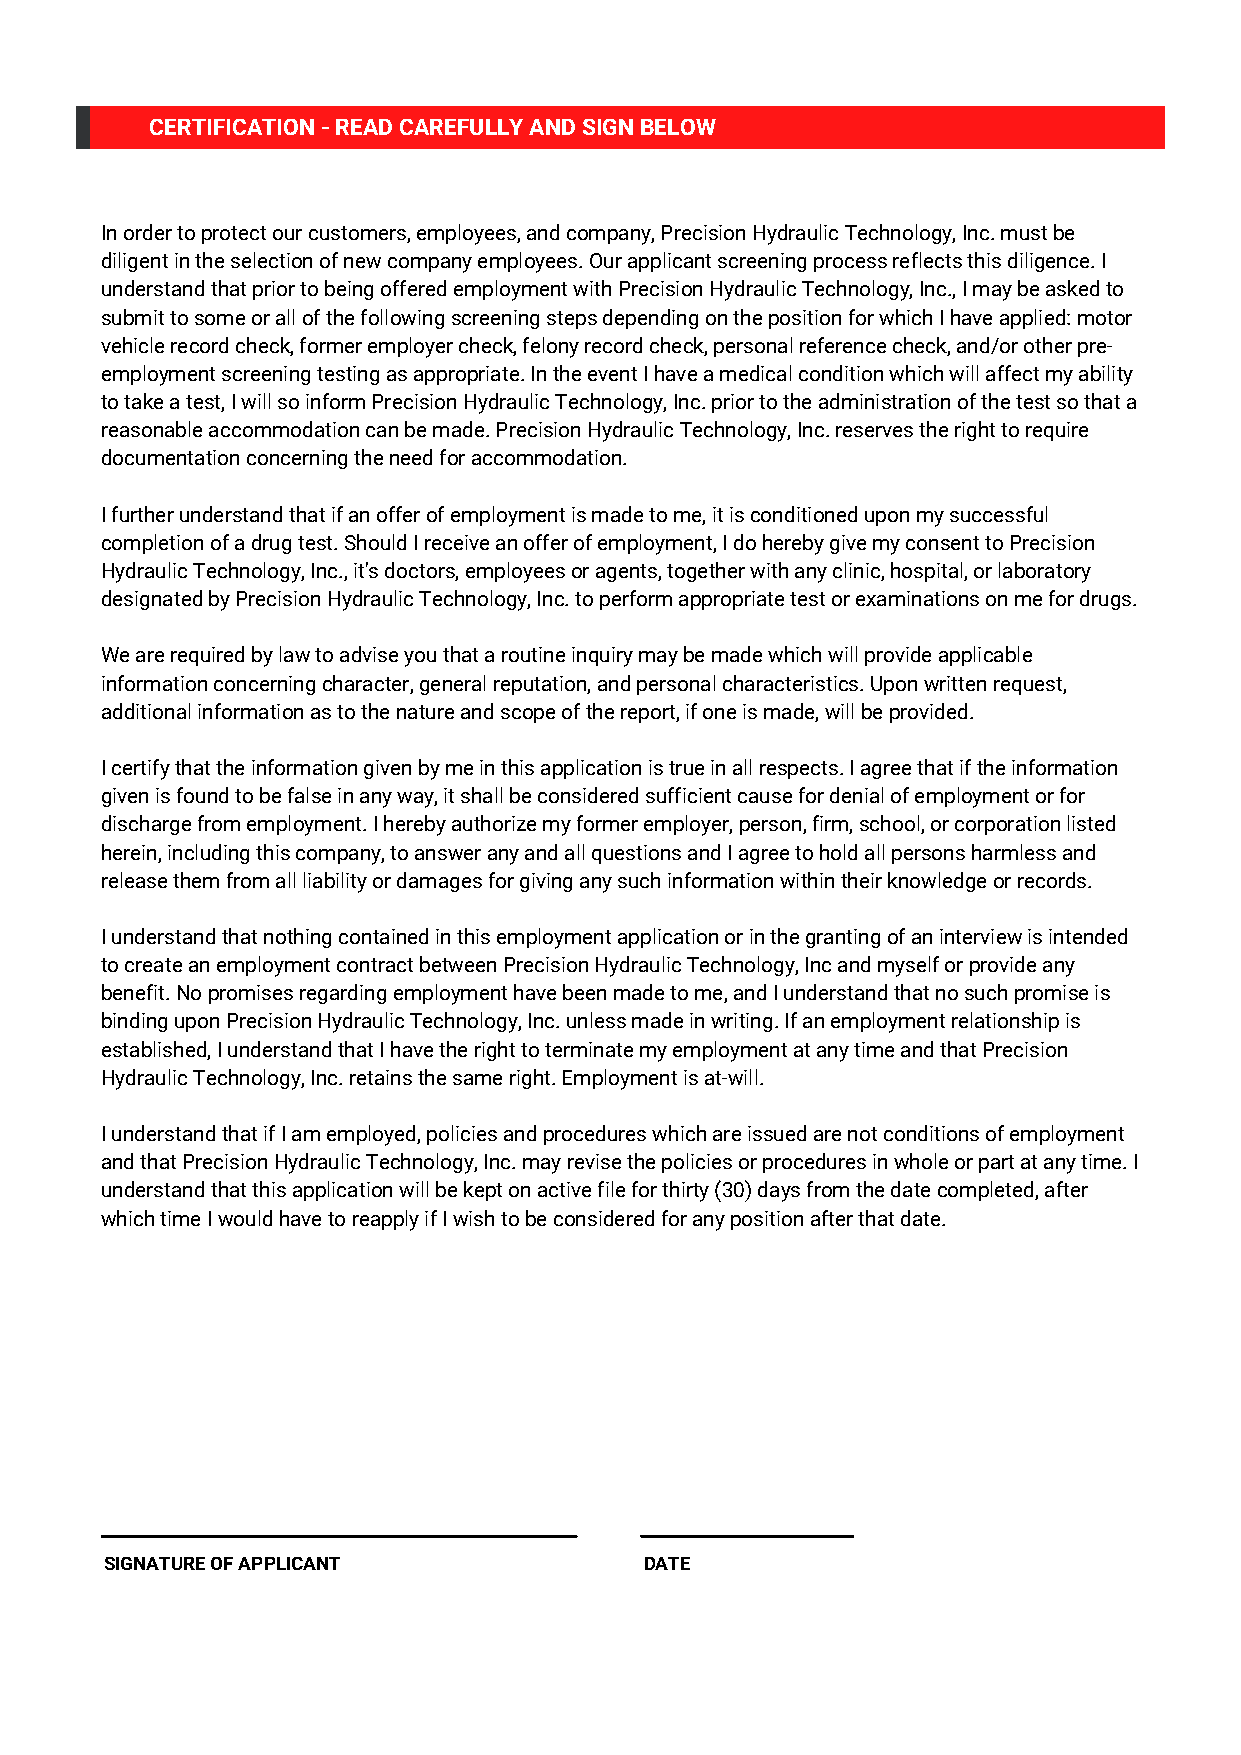
CERTIFICATION - READ CAREFULLY AND SIGN BELOW
 In order to protect our customers, employees, and company, Precision Hydraulic Technology, Inc. must be
 diligent in the selection of new company employees. Our applicant screening process reflects this diligence. I
 understand that prior to being offered employment with Precision Hydraulic Technology, Inc., I may be asked to
 submit to some or all of the following screening steps depending on the position for which I have applied: motor
 vehicle record check, former employer check, felony record check, personal reference check, and/or other pre-
 employment screening testing as appropriate. In the event I have a medical condition which will affect my ability
 to take a test, I will so inform Precision Hydraulic Technology, Inc. prior to the administration of the test so that a
 reasonable accommodation can be made. Precision Hydraulic Technology, Inc. reserves the right to require
 documentation concerning the need for accommodation.
 I further understand that if an offer of employment is made to me, it is conditioned upon my successful
 completion of a drug test. Should I receive an offer of employment, I do hereby give my consent to Precision
 Hydraulic Technology, Inc., it's doctors, employees or agents, together with any clinic, hospital, or laboratory
 designated by Precision Hydraulic Technology, Inc. to perform appropriate test or examinations on me for drugs.
 We are required by law to advise you that a routine inquiry may be made which will provide applicable
 information concerning character, general reputation, and personal characteristics. Upon written request,
 additional information as to the nature and scope of the report, if one is made, will be provided.
 I certify that the information given by me in this application is true in all respects. I agree that if the information
 given is found to be false in any way, it shall be considered sufficient cause for denial of employment or for
 discharge from employment. I hereby authorize my former employer, person, firm, school, or corporation listed
 herein, including this company, to answer any and all questions and I agree to hold all persons harmless and
 release them from all liability or damages for giving any such information within their knowledge or records.
 I understand that nothing contained in this employment application or in the granting of an interview is intended
 to create an employment contract between Precision Hydraulic Technology, Inc and myself or provide any
 benefit. No promises regarding employment have been made to me, and I understand that no such promise is
 binding upon Precision Hydraulic Technology, Inc. unless made in writing. If an employment relationship is
 established, I understand that I have the right to terminate my employment at any time and that Precision
 Hydraulic Technology, Inc. retains the same right. Employment is at-will.
 I understand that if I am employed, policies and procedures which are issued are not conditions of employment
 and that Precision Hydraulic Technology, Inc. may revise the policies or procedures in whole or part at any time. I
 understand that this application will be kept on active file for thirty (30) days from the date completed, after
 which time I would have to reapply if I wish to be considered for any position after that date.
 SIGNATURE OF APPLICANT              DATE